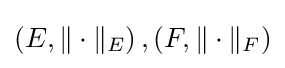
\left(E,\|\cdot \|_{E}\right),\left(F,\|\cdot \|_{F}\right)